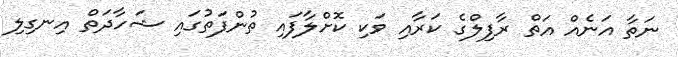
ނަތާ އަނެއް އަތް ރާފިލްގެ ކަރާއި ވަކި ކޮށްލާފައި ތުންފަތުގައި ޝަހާދަތް އިނގިލި